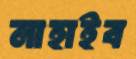
নাহাইব